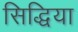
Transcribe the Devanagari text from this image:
सिद्धिया